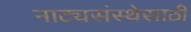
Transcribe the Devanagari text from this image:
नाट्यसंस्थेसाठी